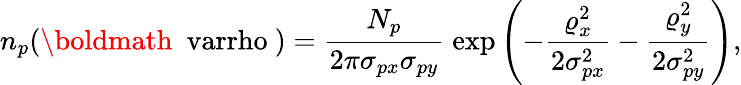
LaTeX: n_{p}({\mathrm{\boldmath~\ varrho~}})={\frac{N_{p}}{2\pi\sigma_{px}\sigma_{py}}}\; \mathrm{exp}\left(-{\frac{\varrho_{x}^{2}}{2\sigma_{px}^{2}}}-{\frac{\varrho_{y}^{2}}{2\sigma_{py}^{2}}}\right),